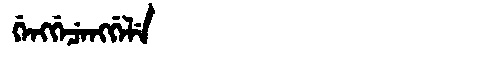
Manchu: ᡤᡝᠩᡤᡝᠴᡝᠩᡤᡝᠯᡝ
Romanization: GENGGECENGGELE